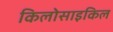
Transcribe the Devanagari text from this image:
किलोसाइकिल